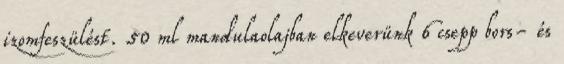
izomfeszülést. 50 ml mandulaolajban elkeverünk 6 csepp bors- és